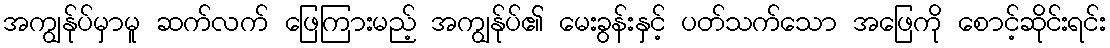
အကျွန်ုပ်မှာမူ ဆက်လက် ဖြေကြားမည့် အကျွန်ုပ်၏ မေးခွန်းနှင့် ပတ်သက်သော အဖြေကို စောင့်ဆိုင်းရင်း